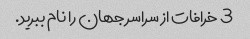
3 خرافات از سراسر جهان را نام ببرید.